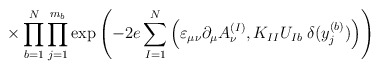
\begin{align*}\times \prod_{b=1}^N\prod_{j=1}^{m_b} \exp \left(- 2e \sum_{I=1}^N \Big( \varepsilon_{\mu \nu} \partial_\mu A^{(I)}_\nu,K_{I I} U_{I b} \; \delta(y_j^{(b)}) \Big) \right)\end{align*}